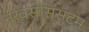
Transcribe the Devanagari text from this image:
नर्वससिस्टम